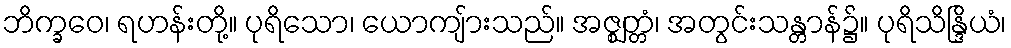
ဘိက္ခဝေ၊ ရဟန်းတို့။ ပုရိသော၊ ယောကျ်ားသည်။ အဇ္ဈတ္တံ၊ အတွင်းသန္တာန်၌။ ပုရိသိန္ဒြိယံ၊